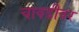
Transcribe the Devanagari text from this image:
चावडीवर